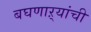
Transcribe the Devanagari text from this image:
बघणाऱ्यांची